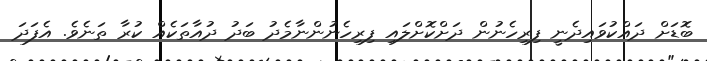
ބޮޑަށް ދައްކުވައިދެނީ ފިރިހެނުން ދަށްކޮށްލައި ފިރިހެނުންނާމެދު ބަދު ދުއާތަކެއް ކުރާ ތަނެވެ. އެފަދަ